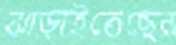
ঝাড়াইতেছেন